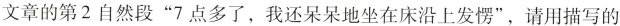
文章的第2自然段”7点多了，我还呆呆地坐在床沿上发愣”，请用描写的